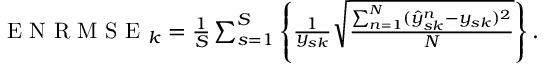
\begin{array} { r } { \mathrm { ~ E ~ N ~ R ~ M ~ S ~ E ~ } _ { k } = \frac { 1 } { S } \sum _ { s = 1 } ^ { S } \left\{ \frac { 1 } { y _ { s k } } \sqrt { \frac { \sum _ { n = 1 } ^ { N } ( \hat { y } _ { s k } ^ { n } - y _ { s k } ) ^ { 2 } } { N } } \right\} . } \end{array}